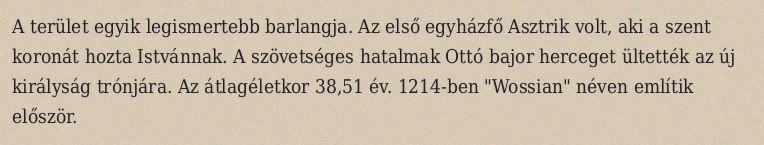
A terület egyik legismertebb barlangja. Az első egyházfő Asztrik volt, aki a szent koronát hozta Istvánnak. A szövetséges hatalmak Ottó bajor herceget ültették az új királyság trónjára. Az átlagéletkor 38,51 év. 1214-ben "Wossian" néven említik először.